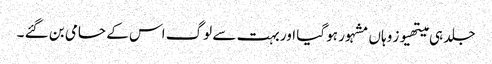
جلد ہی میتھیوز وہاں مشہور ہو گیا اور بہت سے لوگ اس کے حامی بن گئے ۔